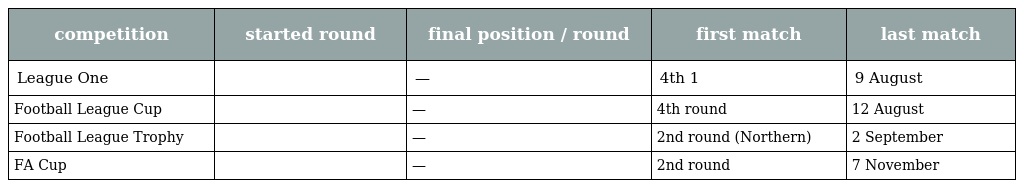
| competition | started round | final position / round | first match | last match |
 | --- | --- | --- | --- | --- |
 | League One |  | — | 4th 1 | 9 August |
 | Football League Cup |  | — | 4th round | 12 August |
 | Football League Trophy |  | — | 2nd round (Northern) | 2 September |
 | FA Cup |  | — | 2nd round | 7 November |